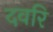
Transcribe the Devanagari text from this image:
दवरि